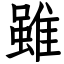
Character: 雖